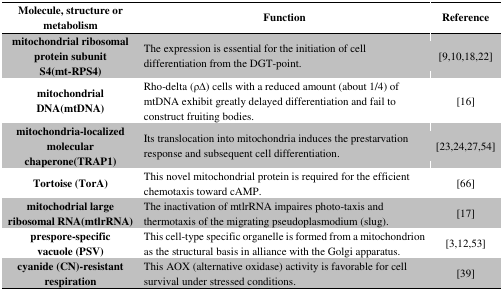
| Molecule, structure or metabolism | Function | Reference |
 | --- | --- | --- |
 | mitochondrial ribosomal protein subunit S4(mt-RPS4) | The expression is essential for the initiation of cell differentiation from the DGT-point. | [9,10,18,22] |
 | mitochondrial DNA(mtDNA) | Rho-delta (ρ∆) cells with a reduced amount (about 1/4) of mtDNA exhibit greatly delayed differentiation and fail to construct fruiting bodies. | [16] |
 | mitochondria-localized molecular chaperone(TRAP1) | Its translocation into mitochondria induces the prestarvation response and subsequent cell differentiation. | [23,24,27,54] |
 | Tortoise (TorA) | This novel mitochondrial protein is required for the efficient chemotaxis toward cAMP. | [66] |
 | mitochodrial large ribosomal RNA(mtlrRNA) | The inactivation of mtlrRNA impaires photo-taxis and thermotaxis of the migrating pseudoplasmodium (slug). | [17] |
 | prespore-specific vacuole (PSV) | This cell-type specific organelle is formed from a mitochondrion as the structural basis in alliance with the Golgi apparatus. | [3,12,53] |
 | cyanide (CN)-resistant respiration | This AOX (alternative oxidase) activity is favorable for cell survival under stressed conditions. | [39] |